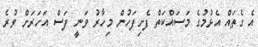
އެ ގެތައް އެޅުމުގެ މަސައްކަތް ފެށިފަހުން މިހާރު ވަނީ ފަސް އަހަރަށް ވުރެ